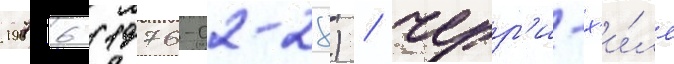
1976 (1976-02-28) / черр'и-х'и́лл